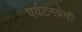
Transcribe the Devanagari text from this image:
पर्यटनप्रेमी